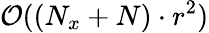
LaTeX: \mathcal{O}((N_{x}+N)\cdot r^{2})